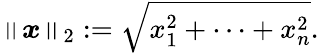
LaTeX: \left\| {\boldsymbol{x}}\right\| _{2}:={\sqrt{x_{1}^{2}+\cdots+x_{n}^{2}}}.